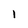
Character: 1